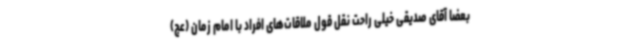
بعضا آقای صدیقی خیلی راحت نقل قول ملاقات‌های افراد با امام زمان (عج)